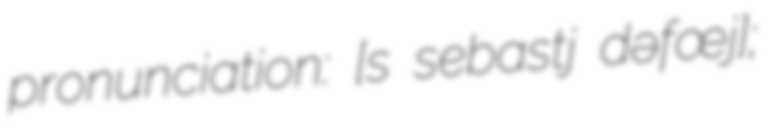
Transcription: pronunciation: ​[sɛ̃ sebastjɛ̃ dɛɡʁəfœj];